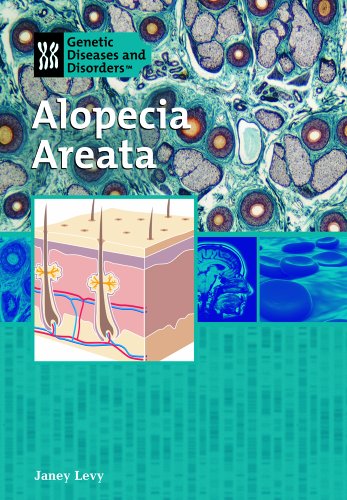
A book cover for Alopecia Areata (Genetic Diseases); Janey Levy; Teen & Young Adult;